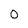
Character: 0